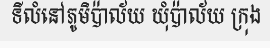
ទីលំនៅភូមិប៉ាល័យ ឃុំប៉ាល័យ ក្រុង